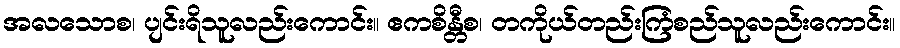
အလသောစ၊ ပျင်းရိသူလည်းကောင်း။ ဧကစိန္တီစ၊ တကိုယ်တည်းကြံစည်သူလည်းကောင်း။